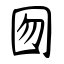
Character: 囫